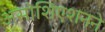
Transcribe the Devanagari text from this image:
असोशिएशनने